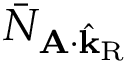
\bar { N } _ { \mathbf { A } \cdot \hat { \mathbf { k } } _ { \mathrm { R } } }